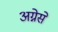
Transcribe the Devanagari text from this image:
अग्नेसे